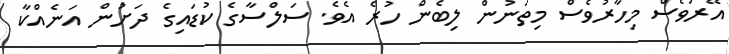
އޭރުވެސް މިހާރުވެސް މިތަނުން ލިބެން ހުރެ އެވެ. ސަލްސާގެ ކުޑައިގެ ދަށުން އަނެއްކާ